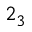
2 _ { 3 }